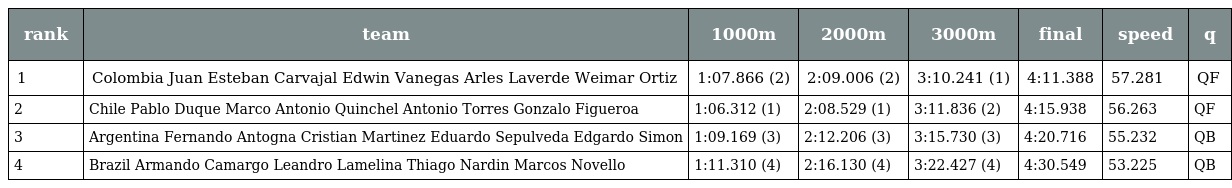
| rank | team | 1000m | 2000m | 3000m | final | speed | q |
 | --- | --- | --- | --- | --- | --- | --- | --- |
 | 1 | Colombia Juan Esteban Carvajal Edwin Vanegas Arles Laverde Weimar Ortiz | 1:07.866 (2) | 2:09.006 (2) | 3:10.241 (1) | 4:11.388 | 57.281 | QF |
 | 2 | Chile Pablo Duque Marco Antonio Quinchel Antonio Torres Gonzalo Figueroa | 1:06.312 (1) | 2:08.529 (1) | 3:11.836 (2) | 4:15.938 | 56.263 | QF |
 | 3 | Argentina Fernando Antogna Cristian Martinez Eduardo Sepulveda Edgardo Simon | 1:09.169 (3) | 2:12.206 (3) | 3:15.730 (3) | 4:20.716 | 55.232 | QB |
 | 4 | Brazil Armando Camargo Leandro Lamelina Thiago Nardin Marcos Novello | 1:11.310 (4) | 2:16.130 (4) | 3:22.427 (4) | 4:30.549 | 53.225 | QB |